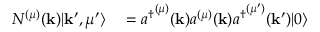
\begin{array} { r l } { N ^ { ( \mu ) } ( \mathbf { k } ) | \mathbf { k } ^ { \prime } , \mu ^ { \prime } \rangle } & { { } = { a ^ { \dagger } } ^ { ( \mu ) } ( \mathbf { k } ) a ^ { ( \mu ) } ( \mathbf { k } ) { a ^ { \dagger } } ^ { ( \mu ^ { \prime } ) } ( \mathbf { k ^ { \prime } } ) | 0 \rangle } \end{array}